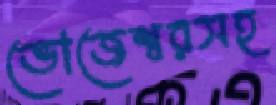
ভোজেশ্বরসহ